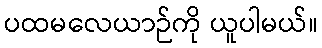
ပထမလေယာဉ်ကို ယူပါမယ်။